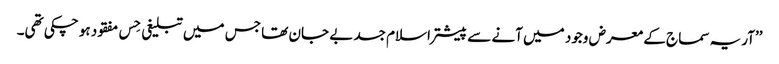
’’آریہ سماج کے معرض وجود میں آنے سے پیشتر اسلام جسد بے جان تھا جس میں تبلیغی حِس مفقود ہو چکی تھی۔